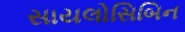
સાયલોસિબિન